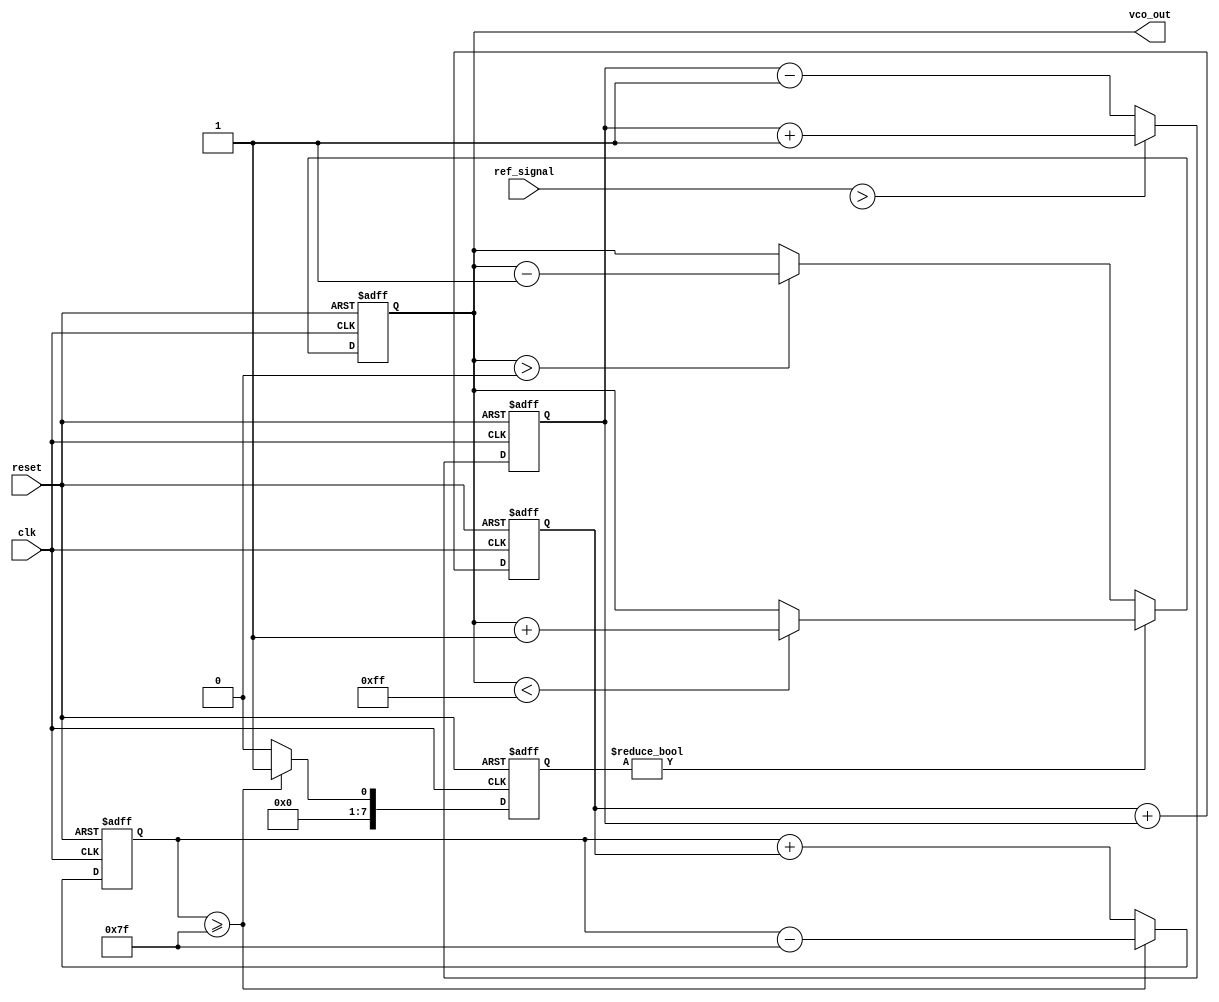
module sigma_delta_pll (
    input wire clk,                  // System clock
    input wire reset,                // Reset signal
    input wire ref_signal,           // Reference input signal
    output reg vco_out               // Output of the VCO
);

    // Parameters
    parameter N = 8;                 // Bit width for the sigma-delta modulator
    parameter VCO_MAX = 255;         // Maximum VCO value
    parameter VCO_MIN = 0;           // Minimum VCO value

    // Internal signals
    reg [N-1:0] phase_error;         // Phase error from the phase detector
    reg [N-1:0] control_voltage;      // Control voltage from the loop filter
    reg [N-1:0] sigma_delta_out;      // Output of the sigma-delta modulator
    reg [N-1:0] integrator;           // Integrator for the sigma-delta modulator
    reg feedback_signal;              // Feedback signal from VCO

    // Phase Detector
    always @(posedge clk or posedge reset) begin
        if (reset) begin
            phase_error <= 0;
        end else begin
            // Simple phase detector logic (PWM output)
            if (ref_signal > feedback_signal) begin
                phase_error <= phase_error + 1; // Increase phase error
            end else begin
                phase_error <= phase_error - 1; // Decrease phase error
            end
        end
    end

    // Loop Filter (simple integrator)
    always @(posedge clk or posedge reset) begin
        if (reset) begin
            control_voltage <= 0;
        end else begin
            control_voltage <= control_voltage + phase_error; // Integrate phase error
        end
    end

    // Sigma-Delta Modulator
    always @(posedge clk or posedge reset) begin
        if (reset) begin
            integrator <= 0;
            sigma_delta_out <= 0;
        end else begin
            integrator <= integrator + control_voltage; // Integrate control voltage
            if (integrator >= (VCO_MAX / 2)) begin
                sigma_delta_out <= 1; // Output high
                integrator <= integrator - (VCO_MAX / 2); // Reset integrator
            end else begin
                sigma_delta_out <= 0; // Output low
            end
        end
    end

    // Voltage-Controlled Oscillator (VCO)
    always @(posedge clk or posedge reset) begin
        if (reset) begin
            vco_out <= 0;
        end else begin
            // Simple VCO logic based on sigma-delta output
            if (sigma_delta_out) begin
                if (vco_out < VCO_MAX) begin
                    vco_out <= vco_out + 1; // Increase frequency
                end
            end else begin
                if (vco_out > VCO_MIN) begin
                    vco_out <= vco_out - 1; // Decrease frequency
                end
            end
        end
    end

    // Feedback logic (not implemented, would depend on specific design)
    // feedback_signal = vco_out; // This would typically be a divided version of vco_out

endmodule